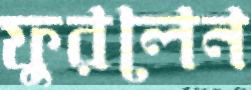
ফুরলেন